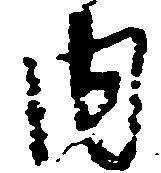
内